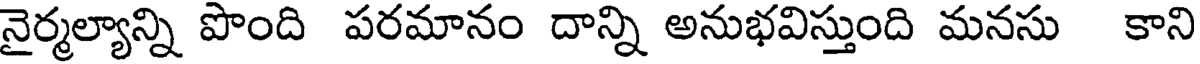
నైర్మల్యాన్ని పొంది పరమానం దాన్ని అనుభవిస్తుంది మనసు కాని